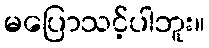
မပြောသင့်ပါဘူး။